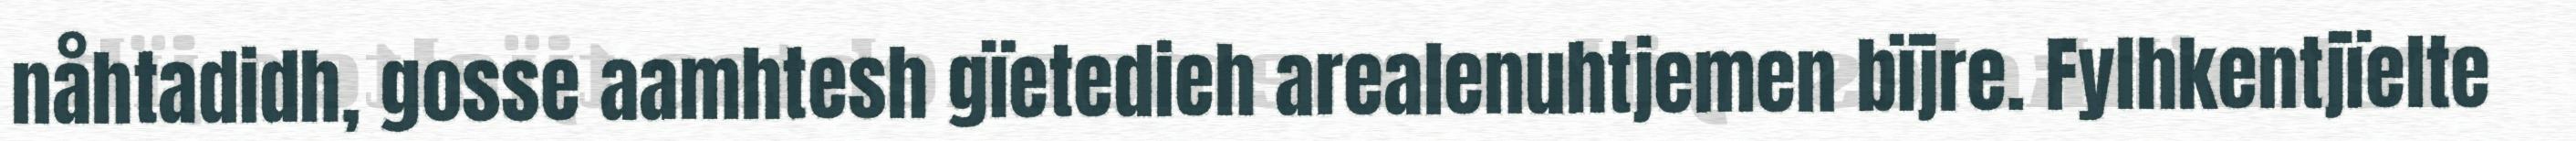
nåhtadidh, gosse aamhtesh gïetedieh arealenuhtjemen bïjre. Fylhkentjïelte